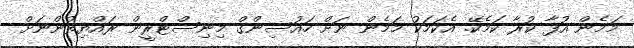
މަމެން އުފާ ކުރާ ކަމެކޭ. އެކަމަކު މަމެން ނަށް ހައުސިންގް މިނިސްޓްރީން ރައްޔިތުންނަށް